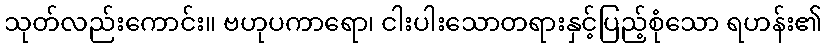
သုတ်လည်းကောင်း။ ဗဟုပကာရော၊ ငါးပါးသောတရားနှင့်ပြည့်စုံသော ရဟန်း၏